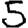
Digit: 5